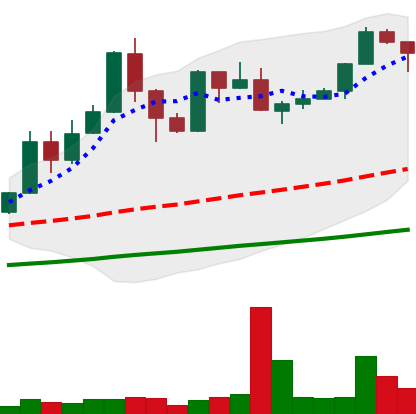
Ticker: XMR-USD
Chart end date: 2019-05-29
Forward return: -4.553%
Label: down_3_5